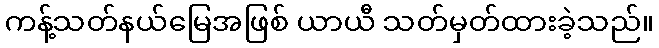
ကန့်သတ်နယ်မြေအဖြစ် ယာယီ သတ်မှတ်ထားခဲ့သည်။